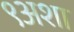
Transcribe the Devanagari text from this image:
९अशा